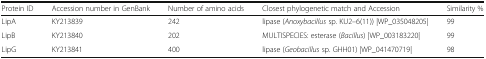
<table><thead><tr><td><b>Protein ID</b></td><td><b>Accession number in GenBank</b></td><td><b>Number of amino acids</b></td><td><b>Closest phylogenetic match and Accession</b></td><td><b>Similarity %</b></td></tr></thead><tbody><tr><td>LipA</td><td>KY213839</td><td>242</td><td>lipase (<i>Anoxybacillus</i> sp. KU2–6(11)) |WP_035048205|</td><td>99</td></tr><tr><td>LipB</td><td>KY213840</td><td>202</td><td>MULTISPECIES: esterase (<i>Bacillus</i>) |WP_003183220|</td><td>99</td></tr><tr><td>LipG</td><td>KY213841</td><td>400</td><td>lipase (<i>Geobacillus</i> sp. GHH01) |WP_041470719|</td><td>98</td></tr></tbody></table>